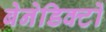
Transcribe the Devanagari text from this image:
बेनेडिक्टों